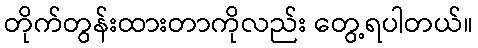
တိုက်တွန်းထားတာကိုလည်း တွေ့ရပါတယ်။